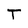
Character: T